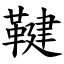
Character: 鞬